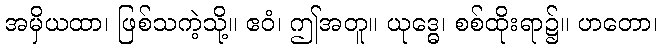
အမှိယထာ၊ ဖြစ်သကဲ့သို့။ ဧဝံ၊ ဤအတူ။ ယုဒ္ဓေ၊ စစ်ထိုးရာ၌။ ဟတော၊